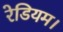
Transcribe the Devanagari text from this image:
रेडियम।